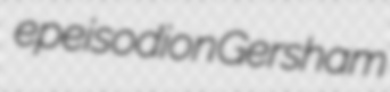
epeisodion Gersham